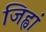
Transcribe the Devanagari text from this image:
जिह्वां